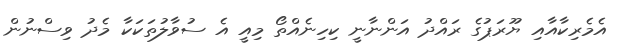
އެމެރިކާއާއި ޔޫރަޕުގެ ރައްދު އަންނާނީ ކިހިނެއްތޯ މިއީ އެ ސުވާލުތަކަކާ މެދު ވިސްނުން